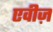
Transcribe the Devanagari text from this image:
एवीज़